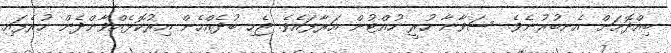
ބިއްދޮށަށް އެނބުރުނެވެ. ސަވާނާ ހުރީ ހުއްޓުން އަރާފައެވެ. ޖެހި ބުދެއްހެން އިރުކޮޅެއްވާންދެން ހުރެފައި